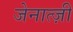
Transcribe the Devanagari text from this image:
जेनात्ज़ी